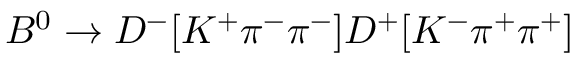
B ^ { 0 } \to D ^ { - } [ K ^ { + } \pi ^ { - } \pi ^ { - } ] D ^ { + } [ K ^ { - } \pi ^ { + } \pi ^ { + } ]